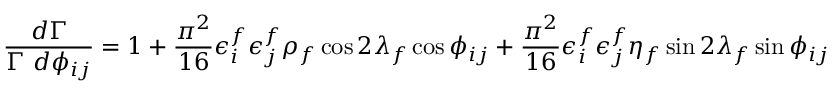
\frac { d \Gamma } { \Gamma \ d \phi _ { i j } } = 1 + \frac { \pi ^ { 2 } } { 1 6 } \epsilon _ { i } ^ { f } \epsilon _ { j } ^ { f } \rho _ { f } \cos 2 \lambda _ { f } \cos \phi _ { i j } + \frac { \pi ^ { 2 } } { 1 6 } \epsilon _ { i } ^ { f } \epsilon _ { j } ^ { f } \eta _ { f } \sin 2 \lambda _ { f } \sin \phi _ { i j }